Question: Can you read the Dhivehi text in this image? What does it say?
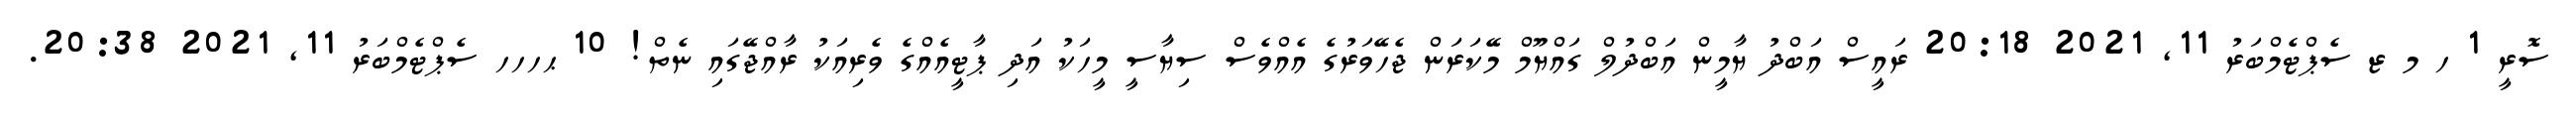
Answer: ސޮރީ 1 ހ މ ޒ ސެޕްޓެމްބަރު 11, 2021 20:18 ރައީސް އަބްދު ޔާމީން އަބްދުލް ގައްޔޫމް މޭކަރަން ޖެހޭވަރުގެ އެއްވެސް ސިޔާސީ މީހަކު އަދި ޕާޓީއެއްގެ ވެރިއަކު ރާއްޖޭގައި ނެތް! 10 ޙހހހ ސެޕްޓެމްބަރު 11, 2021 20:38.